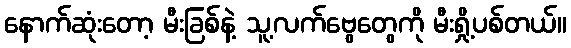
နောက်ဆုံးတော့ မီးခြစ်နဲ့ သူ့လက်ဗွေတွေကို မီးရှို့ပစ်တယ်။